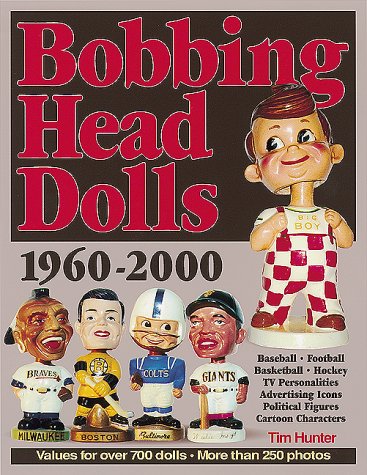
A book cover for Bobbing Head Dolls: 1960-2000; Tim Hunter; Crafts, Hobbies & Home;